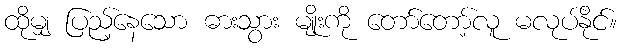
ထိုမျှ ပြည့်နေသော ဓားသွား မျိုးကို တော်တော့်လူ မလုပ်နိုင်။